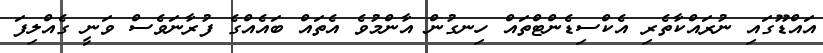
އައްޑޫގައި ނުރައްކާތެރި އެކްސިޑެންޓްތައް ހިނގުން އާންމުވެ އެތައް ބައެއްގެ ފުރާނަވެސް ވަނީ ގެއްލިިފަ